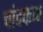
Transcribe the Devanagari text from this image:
चांदफळ